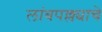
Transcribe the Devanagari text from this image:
लांबपल्ल्याचे